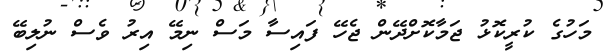
މަހުގެ ކުރީކޮޅު ޖަމާކޮށްދޭން ޖެހޭ ފައިސާ މަސް ނިމޭ އިރު ވެސް ނުލިބޭ